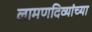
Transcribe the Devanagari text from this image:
लामणदिव्यांच्या